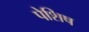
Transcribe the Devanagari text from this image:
पेशिष